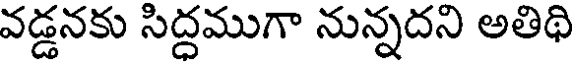
వడ్డనకు సిద్దముగా నున్నదని అతిథి